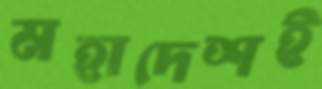
মহাদেশই